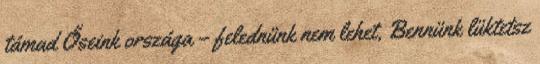
támad Őseink országa – felednünk nem lehet, Bennünk lüktetsz